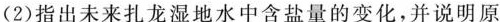
(2)指出未来扎龙湿地水中含盐量的变化，并说明原